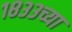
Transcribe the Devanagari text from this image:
१८३३च्या